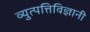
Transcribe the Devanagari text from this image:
व्युत्पत्तिविज्ञानी